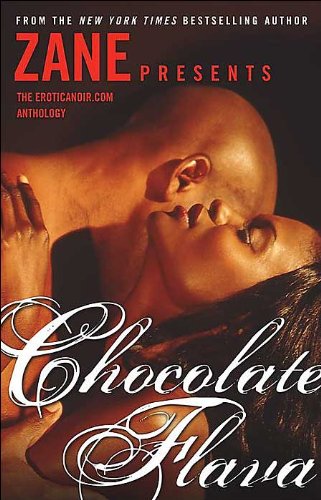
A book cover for Chocolate Flava: The Eroticanoir.com Anthology; Romance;